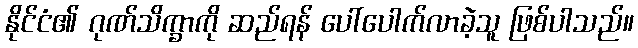
နိုင်ငံ၏ ဂုဏ်သိက္ခာကို ဆည်ရန် ပေါ်ပေါက်လာခဲ့သူ ဖြစ်ပါသည်။